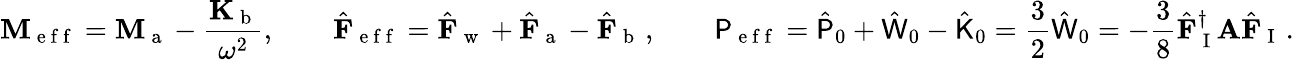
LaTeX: \mathbf{M}_{\mathrm{~e~f~f~}}=\mathbf{M}_{\mathrm{~a~}}-\frac{\mathbf{K}_{\mathrm{~b~}}}{\omega^{2}},\qquad\hat{\mathbf{F}}_{\mathrm{~e~f~f~}}=\hat{\mathbf{F}}_{\mathrm{~w~}}+\hat{\mathbf{F}}_{\mathrm{~a~}}-\hat{\mathbf{F}}_{\mathrm{~b~}}\, ,\qquad\mathsf{P}_{\mathrm{~e~f~f~}}=\hat{\mathsf{P}}_{0}+\hat{\mathsf{W}}_{0}-\hat{\mathsf{K}}_{0}=\frac{3}{2}\hat{\mathsf{W}}_{0}=-\frac{3}{8}\hat{\mathbf{F}}_{\mathrm{~I~}}^{\dagger}\mathbf{A}\hat{\mathbf{F}}_{\mathrm{~I~}}\, .